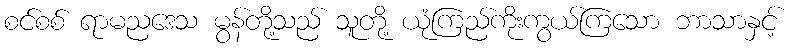
စင်စစ် ရာမညဒေသ မွန်တို့သည် သူတို့ ယုံကြည်ကိုးကွယ်ကြသော ဘာသာနှင့်